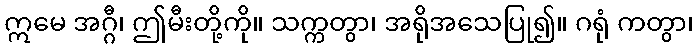
ဣမေ အဂ္ဂီ၊ ဤမီးတို့ကို။ သက္ကတွာ၊ အရိုအသေပြု၍။ ဂရုံ ကတွာ၊